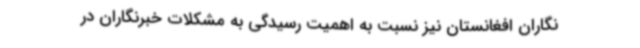
نگاران افغانستان نیز نسبت به اهمیت رسیدگی به مشکلات خبرنگاران در